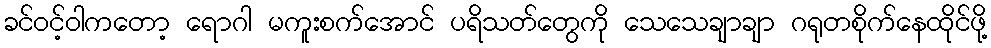
ခင်ဝင့်ဝါကတော့ ရောဂါ မကူးစက်အောင် ပရိသတ်တွေကို သေသေချာချာ ဂရုတစိုက်နေထိုင်ဖို့